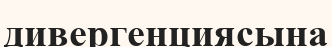
дивергенциясына